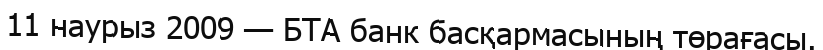
11 наурыз 2009 — БТА банк басқармасының төрағасы.